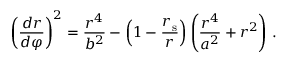
{ \left( { \frac { d r } { d \varphi } } \right) } ^ { 2 } = { \frac { r ^ { 4 } } { b ^ { 2 } } } - \left( 1 - { \frac { r _ { \mathrm { { s } } } } { r } } \right) \left( { \frac { r ^ { 4 } } { a ^ { 2 } } } + r ^ { 2 } \right) \, .